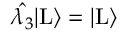
\hat { \lambda _ { 3 } } | \mathrm { L } \rangle = | \mathrm { L } \rangle